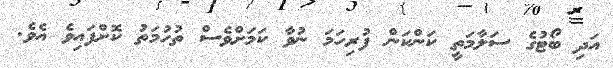
އަދި ބޯޓުގެ ސަލާމަތީ ކަންކަން ފުރިހަމަ ނުވާ ކަމަށްވެސް ތުހުމަތު ކޮށްފައިވެ އެވެ.